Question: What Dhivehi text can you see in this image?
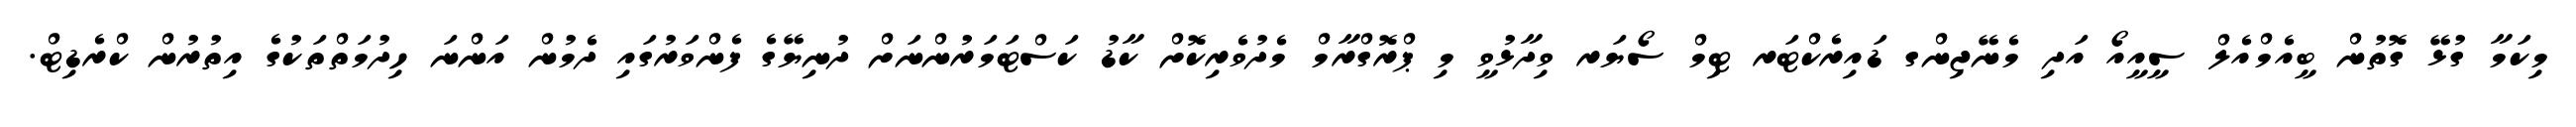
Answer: މިކަމާ ގުޅޭ ގޮތުން ބީއެމްއެލް ސީއީއޯ އަދި މެނޭޖިންގ ޑައިރެކްޓަރ ޓިމް ސޯޔަރ ވިދާޅުވީ މި ޕްރޮގްރާމް މެދުވެރިކޮށް ކާޑު ކަސްޓަމަރުންނަށް ދުނިޔޭގެ ފެންވަރުގައި ދެމުން އަންނަ ހިދުމަތްތަކުގެ އިތުރުން ކްރެޑިޓް.